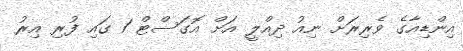
އިންޑިއާގެ ވެރިރަށް ނިއު ދިއްލީ އަށް އޮގަސްޓް 1 ގައި ފުރި އިރު